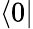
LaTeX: \left\langle 0\right\vert